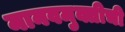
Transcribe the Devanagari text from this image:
मानवमुक्तीची